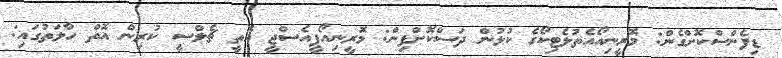
ޑިފެންސްކޮށްގެން: މޮރީނިއޯއެތުލެޓިކޯގެ ކުޅުން ދަސްކޮށްފިން: މޮރީނިއޯޕީއެސްޖީ އޮތީ ޗެލްސީ ކުރިން އޮތް ހާލަތުގައި: